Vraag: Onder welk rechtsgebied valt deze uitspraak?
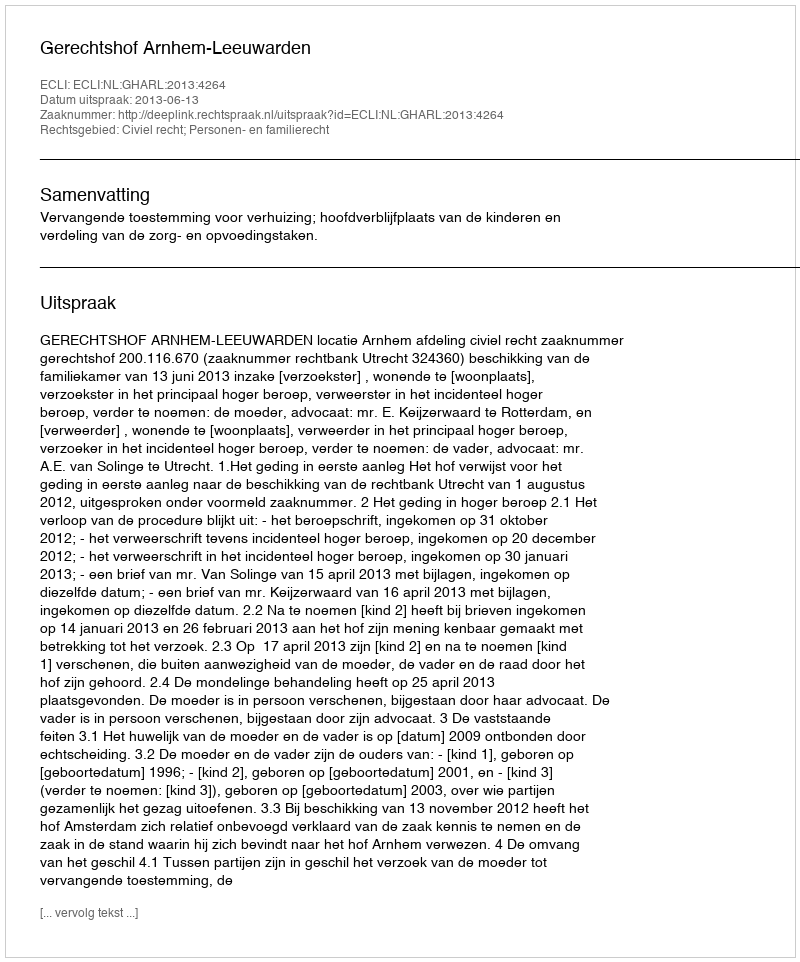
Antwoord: Civiel recht; Personen- en familierecht